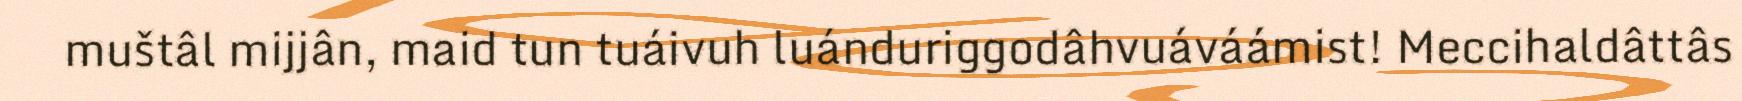
muštâl mijjân, maid tun tuáivuh luánduriggodâhvuáváámist! Meccihaldâttâs